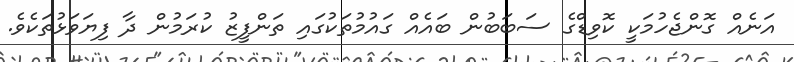
އަނެއް ގޮންޖެހުމަކީ ކޮވިޑްގެ ސަބަބުން ބައެއް ގައުމުތަކުގައި ތަންފީޒު ކުރަމުން ދާ ފިޔަވަޅުތަކެވެ.